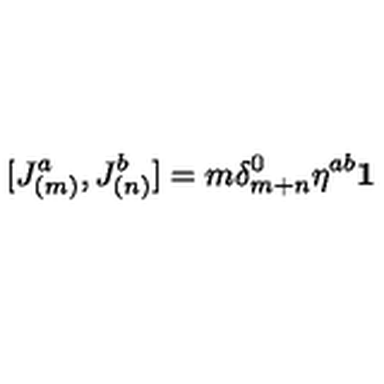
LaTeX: \lbrack J _ { ( m ) } ^ { a } , J _ { ( n ) } ^ { b } ] = m \delta _ { m + n } ^ { 0 } \eta ^ { a b } \mathbf { 1 }